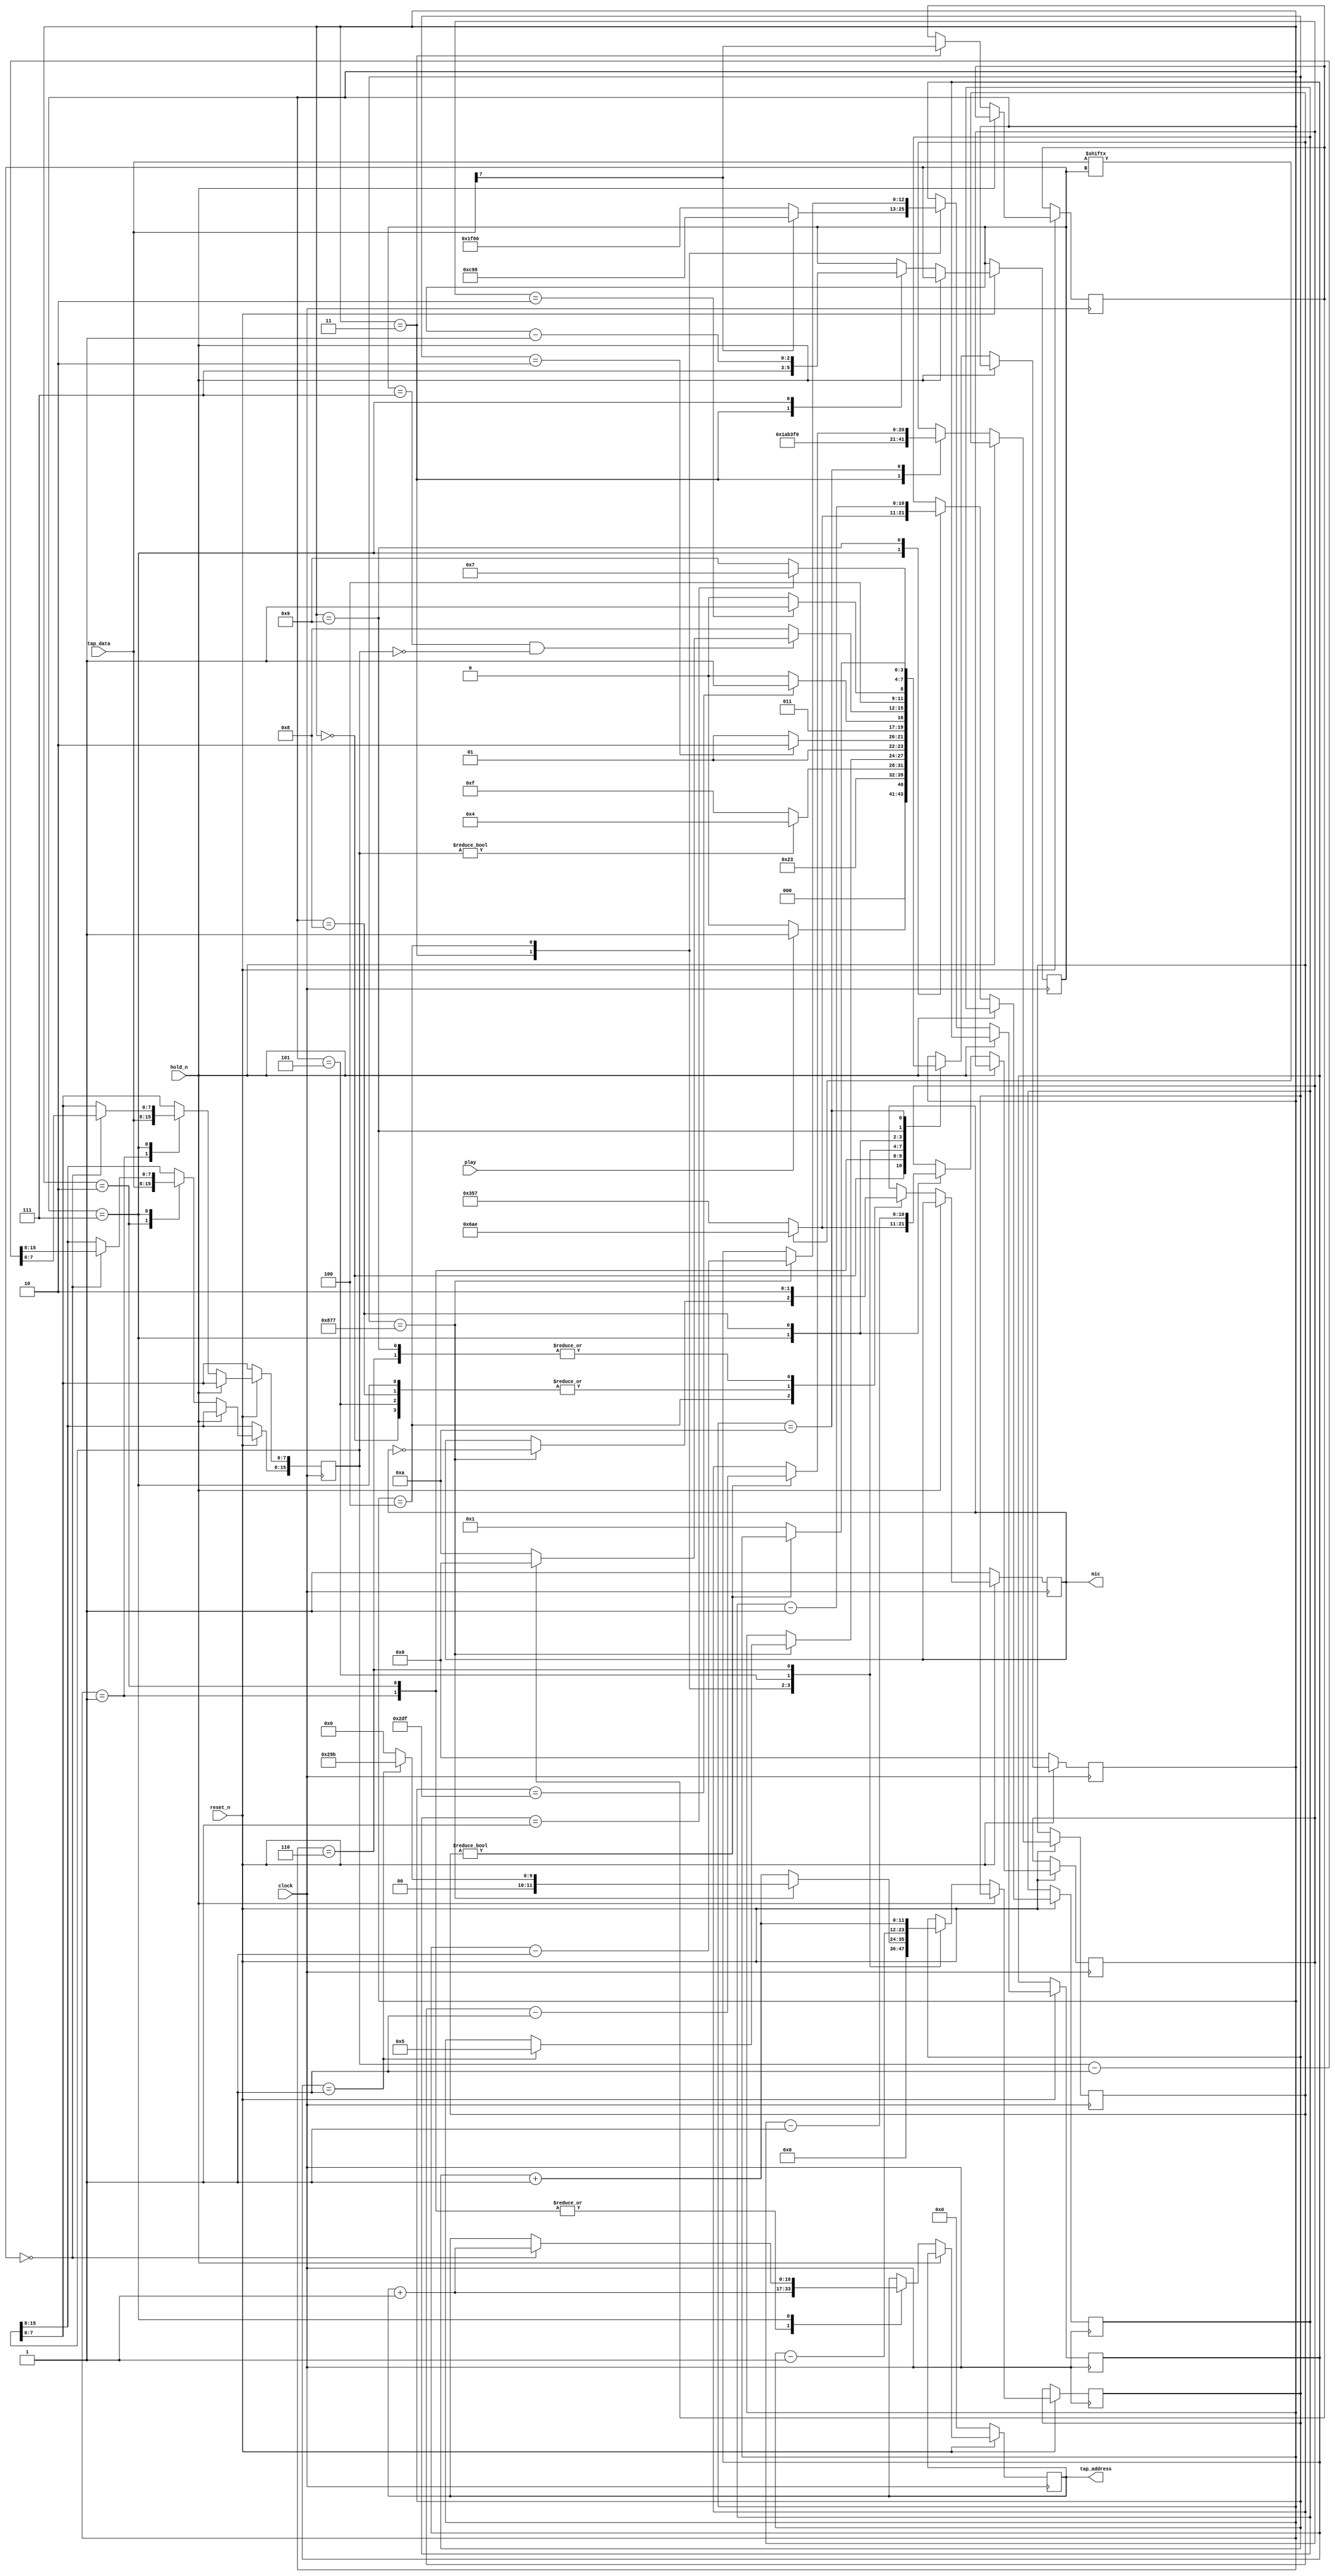
module tap
(
    input   wire        reset_n,
    input   wire        clock,      //  
    input   wire        hold_n,     // =1   =0 
    input   wire        play,       //    =1
    output  reg         mic,
    output  reg [16:0]  tap_address,
    input   wire [7:0]  tap_data
);

`ifdef ICARUS
parameter
    PILOT_PERIOD = 4,
    PILOT_HEADER = 6,
    PILOT_DATA   = 3,
    SYNC_HI      = 4,
    SYNC_LO      = 3,
    SIGNAL_0     = 2,
    SIGNAL_1     = 4;
`else
parameter
    PILOT_PERIOD = 2168,
    PILOT_HEADER = 8064,
    PILOT_DATA   = 3224,
    SYNC_HI      = 667,
    SYNC_LO      = 735,
    SIGNAL_0     = 855,
    SIGNAL_1     = 1710;
`endif

reg [ 3:0] state  = 0;
reg [11:0] cnt    = 0; // 2^12=4096
reg [12:0] pilot  = 0; // 8064 | 3224
reg [15:0] length = 0;
reg [10:0] hdata  = 0;
reg [10:0] ldata  = 0;
reg [ 2:0] bitn   = 0;
reg [20:0] delay  = 0; //   header
reg        block  = 0; //  

initial tap_address = 0;

always @(posedge clock) begin

    if (!reset_n)
    begin

        state <= 0;
        mic   <= 1;
        tap_address <= 0;

    end
    else if (hold_n == 1'b0)
    case (state)

        //  " "
        0: begin state <= play ? 1 : 0; mic <= 1; end
        //   
        1: begin state <= 2; length[ 7:0] <= tap_data; tap_address <= tap_address + 1; end
        2: begin state <= 3; length[15:8] <= tap_data; tap_address <= tap_address + 1; end
        //   
        3: begin

            state <= length ? 4 : 15;
            block <= tap_data[7];
            pilot <= tap_data[7] ? PILOT_DATA : PILOT_HEADER;
            delay <= 1750000;
            bitn  <= 7;
            cnt   <= 0;

        end
        // for (i = 0; i < pilot; i++) for (j = 0; j < cnt; j++) mic ^= 1;
        //   
        4: begin

            cnt <= cnt + 1;

            //    
            if (cnt == PILOT_PERIOD-1)
            begin

                cnt   <= 0;
                mic   <= ~mic;
                pilot <= pilot - 1;

                if (pilot == 1) begin state <= 5; cnt <= SYNC_HI; end

            end

        end
        //   TTTT\___
        5: begin mic <= 1; cnt <= cnt - 1; state <= (cnt == 2) ? 6 : 5; end
        6: begin mic <= 0; cnt <= cnt + 1; state <= (cnt == SYNC_LO) ? 7 : 6; end
        //  
        7: begin

            mic   <= 1;
            bitn  <= bitn - 1;
            state <= 8;

            //  
            hdata <= tap_data[ bitn ] ? SIGNAL_1 : SIGNAL_0;
            ldata <= tap_data[ bitn ] ? SIGNAL_1 : SIGNAL_0;

            //     
            //    0      header
            if (bitn == 7 && length == 0)
                state <= (block ? 0 : 10);

            //    ,    
            if (bitn == 0) begin

                length      <= length - 1;
                tap_address <= tap_address + 1;

            end

        end

        //   1710  855 ( )
        8: begin mic <= 1; state <= hdata == 2 ? 9 : 8; hdata <= hdata - 1; end
        9: begin mic <= 0; state <= ldata == 1 ? 7 : 9; ldata <= ldata - 1; end

        //   HEADER       
        10: if (delay) delay <= delay - 1; else state <= 1;

    endcase

end

endmodule